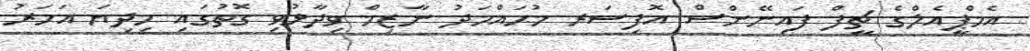
އެމްޕީއެލްގެ ޗީފް ފައިނޭންސް އޮފިސަރ މުޙައްމަދު ނާޒިމް ވިދާޅުވި ގޮތުގައި މިދިޔަ އަހަރު